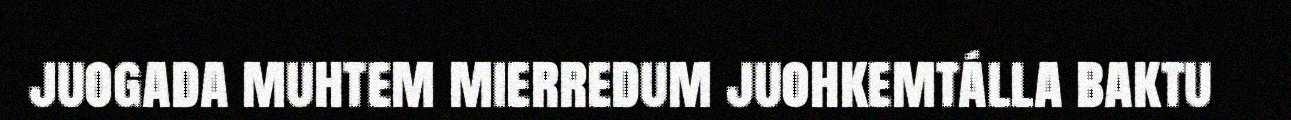
juogada muhtem mierredum juohkemtálla baktu